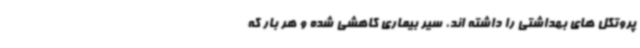
پروتکل های بهداشتی را داشته اند، سیر بیماری کاهشی شده و هر بار که